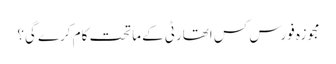
مجوزہ فورس کس اتھارٹی کے ماتحت کام کرے گی؟